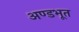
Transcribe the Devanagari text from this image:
अण्डभूत